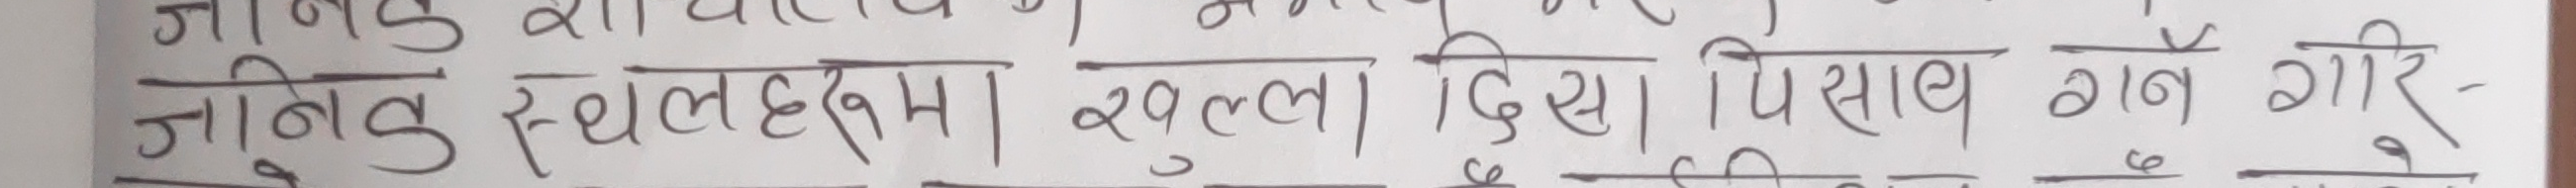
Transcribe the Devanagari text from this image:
जागेदु स्थलहरूमा खुल्ला दिसि पिसाप गन गरि-